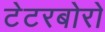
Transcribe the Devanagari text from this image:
टेटरबोरो